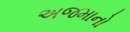
અજમાનો